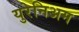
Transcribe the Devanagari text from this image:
युरेनिअम